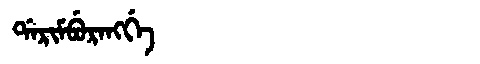
Manchu: ᡩᠠᡵᡳᠮᠪᡠᡵᠠᠩᡤᡝ
Romanization: DARIMBURANGGE